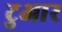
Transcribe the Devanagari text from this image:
टुआर